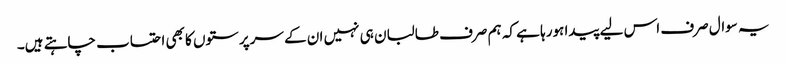
یہ سوال صرف اس لیے پیدا ہورہا ہے کہ ہم صرف طالبان ہی نہیں ان کے سرپرستوں کا بھی احتساب چاہتے ہیں۔